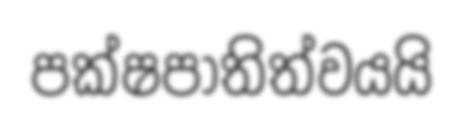
පක්ෂපාතිත්වයයි